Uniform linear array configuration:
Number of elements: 16
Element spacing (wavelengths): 0.25
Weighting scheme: hamming
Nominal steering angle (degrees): -60
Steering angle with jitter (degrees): -60.27
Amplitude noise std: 0.05
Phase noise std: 0.05

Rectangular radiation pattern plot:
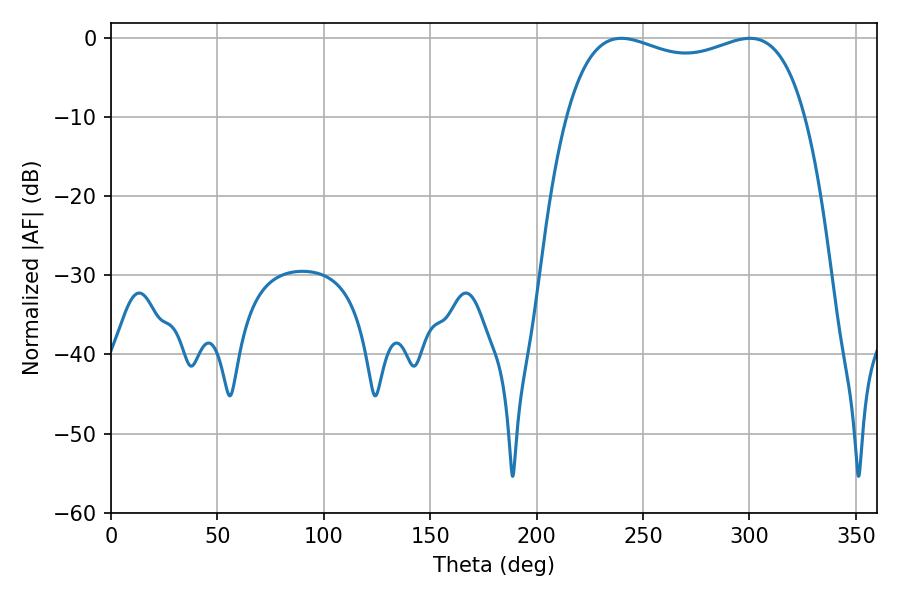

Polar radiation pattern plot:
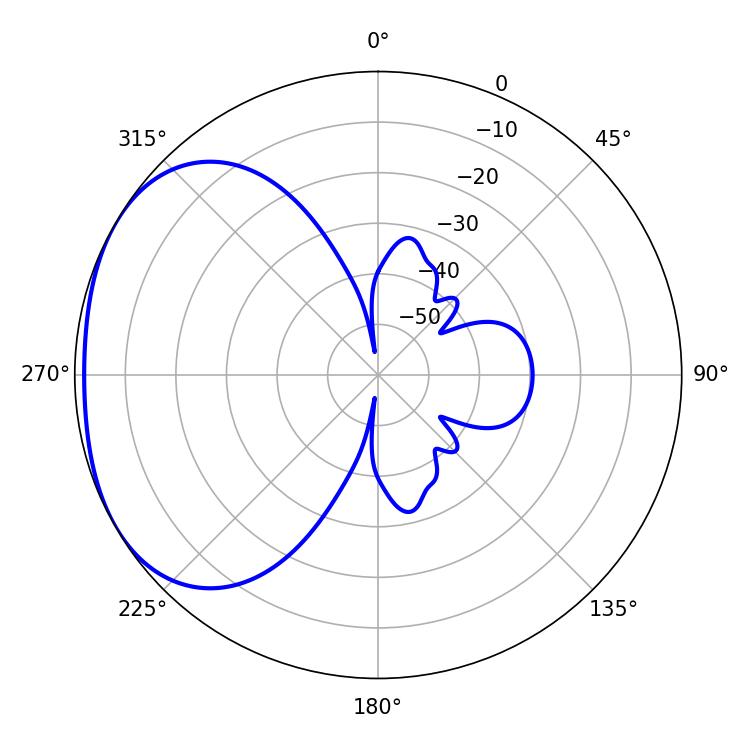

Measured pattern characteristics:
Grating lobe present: FALSE
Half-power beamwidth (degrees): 92.16
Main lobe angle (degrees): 239.76